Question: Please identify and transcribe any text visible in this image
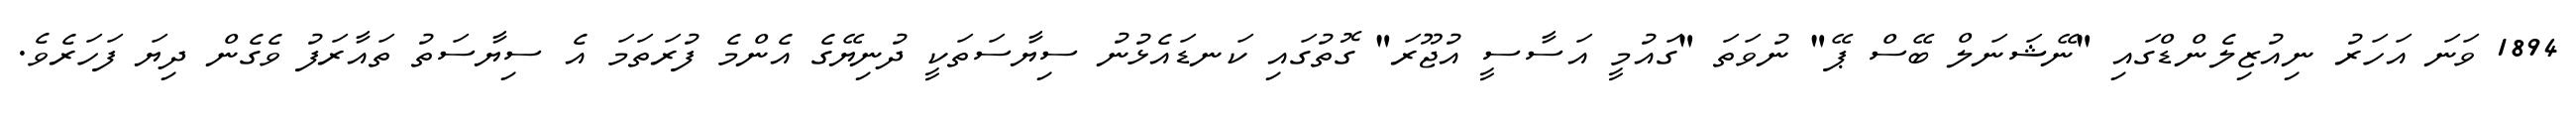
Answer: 1894 ވަނަ އަހަރު ނިއުޒިލެންޑްގައި "ނޭޝަނަލް ބޭސް ޕޭ" ނުވަތަ "ގައުމީ އަސާސީ އުޖޫރަ" ގޮތުގައި ކަނޑައެޅުނު ސިޔާސަތަކީ ދުނިޔޭގެ އެންމެ ފުރަތަމަ އެ ސިޔާސަތު ތައާރަފު ވެގެން ދިޔަ ފަހަރެވެ.